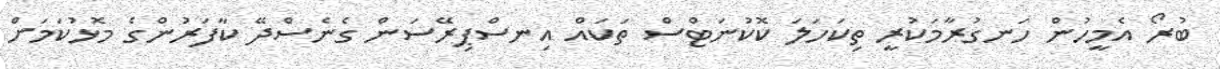
ބުރޯ އެމީހުން ހަނގުރާމަކުރީ ތިކަހަލަ ކޮކުނަޓްސް ތަކައް އިނސްޕިރޭސަން ގެނެސްދޭ ކާފަރުންގެ މޮޅުކަމަށް